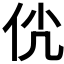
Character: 𠇵